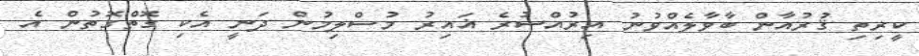
ކީރިތި ޤުރުއާން ބާވާލެއްވުނު އިރުއްސުރެ ޣައިރު މުސްލިމުން ދަނީ އެކި ގޮތްގޮތުން އެ